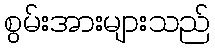
စွမ်းအားများသည်